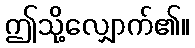
ဤသို့လျှောက်၏။